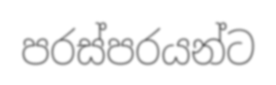
පරස්පරයන්ට